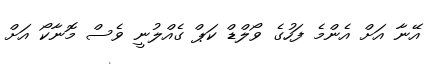
އޭނާ އަށް އެންމެ ފަހުގެ ވޯލްޑް ކަޕް ގެއްލުނީ ވެސް މޮނާކޯ އަށް